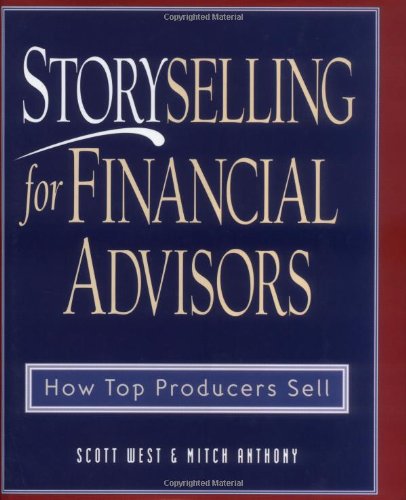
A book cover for Storyselling for Financial Advisors :  How Top Producers Sell; Scott West; Business & Money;